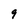
Character: 9